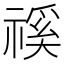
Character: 𥛎